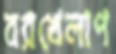
বরখেলাপ